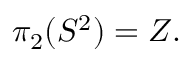
\pi _ { 2 } ( S ^ { 2 } ) = Z .